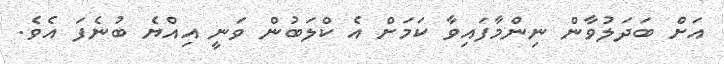
އަށް ބަދަލުވާން ނިންމާފައިވާ ކަމަށް އެ ކްލަބުން ވަނީ އިއްޔެ ބުނެފަ އެވެ.